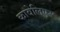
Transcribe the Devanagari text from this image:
कावेलिएर